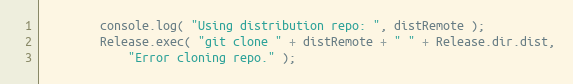
Language: JavaScript
		console.log( "Using distribution repo: ", distRemote );
		Release.exec( "git clone " + distRemote + " " + Release.dir.dist,
			"Error cloning repo." );